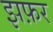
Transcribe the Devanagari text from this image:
झफ़र